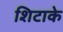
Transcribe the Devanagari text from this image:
शिटाके